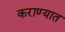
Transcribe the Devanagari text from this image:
कराण्यात